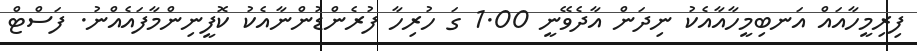
ފިރިމީހާއައް އަނބިމީހާއާއެކު ނިދަން އާދެވޭނީ 1.00 ގަ ހުރިހާ ފުރެންޑުންނާއެކު ކޮފީނިންމާފައެއްނު. ފަސްޓް